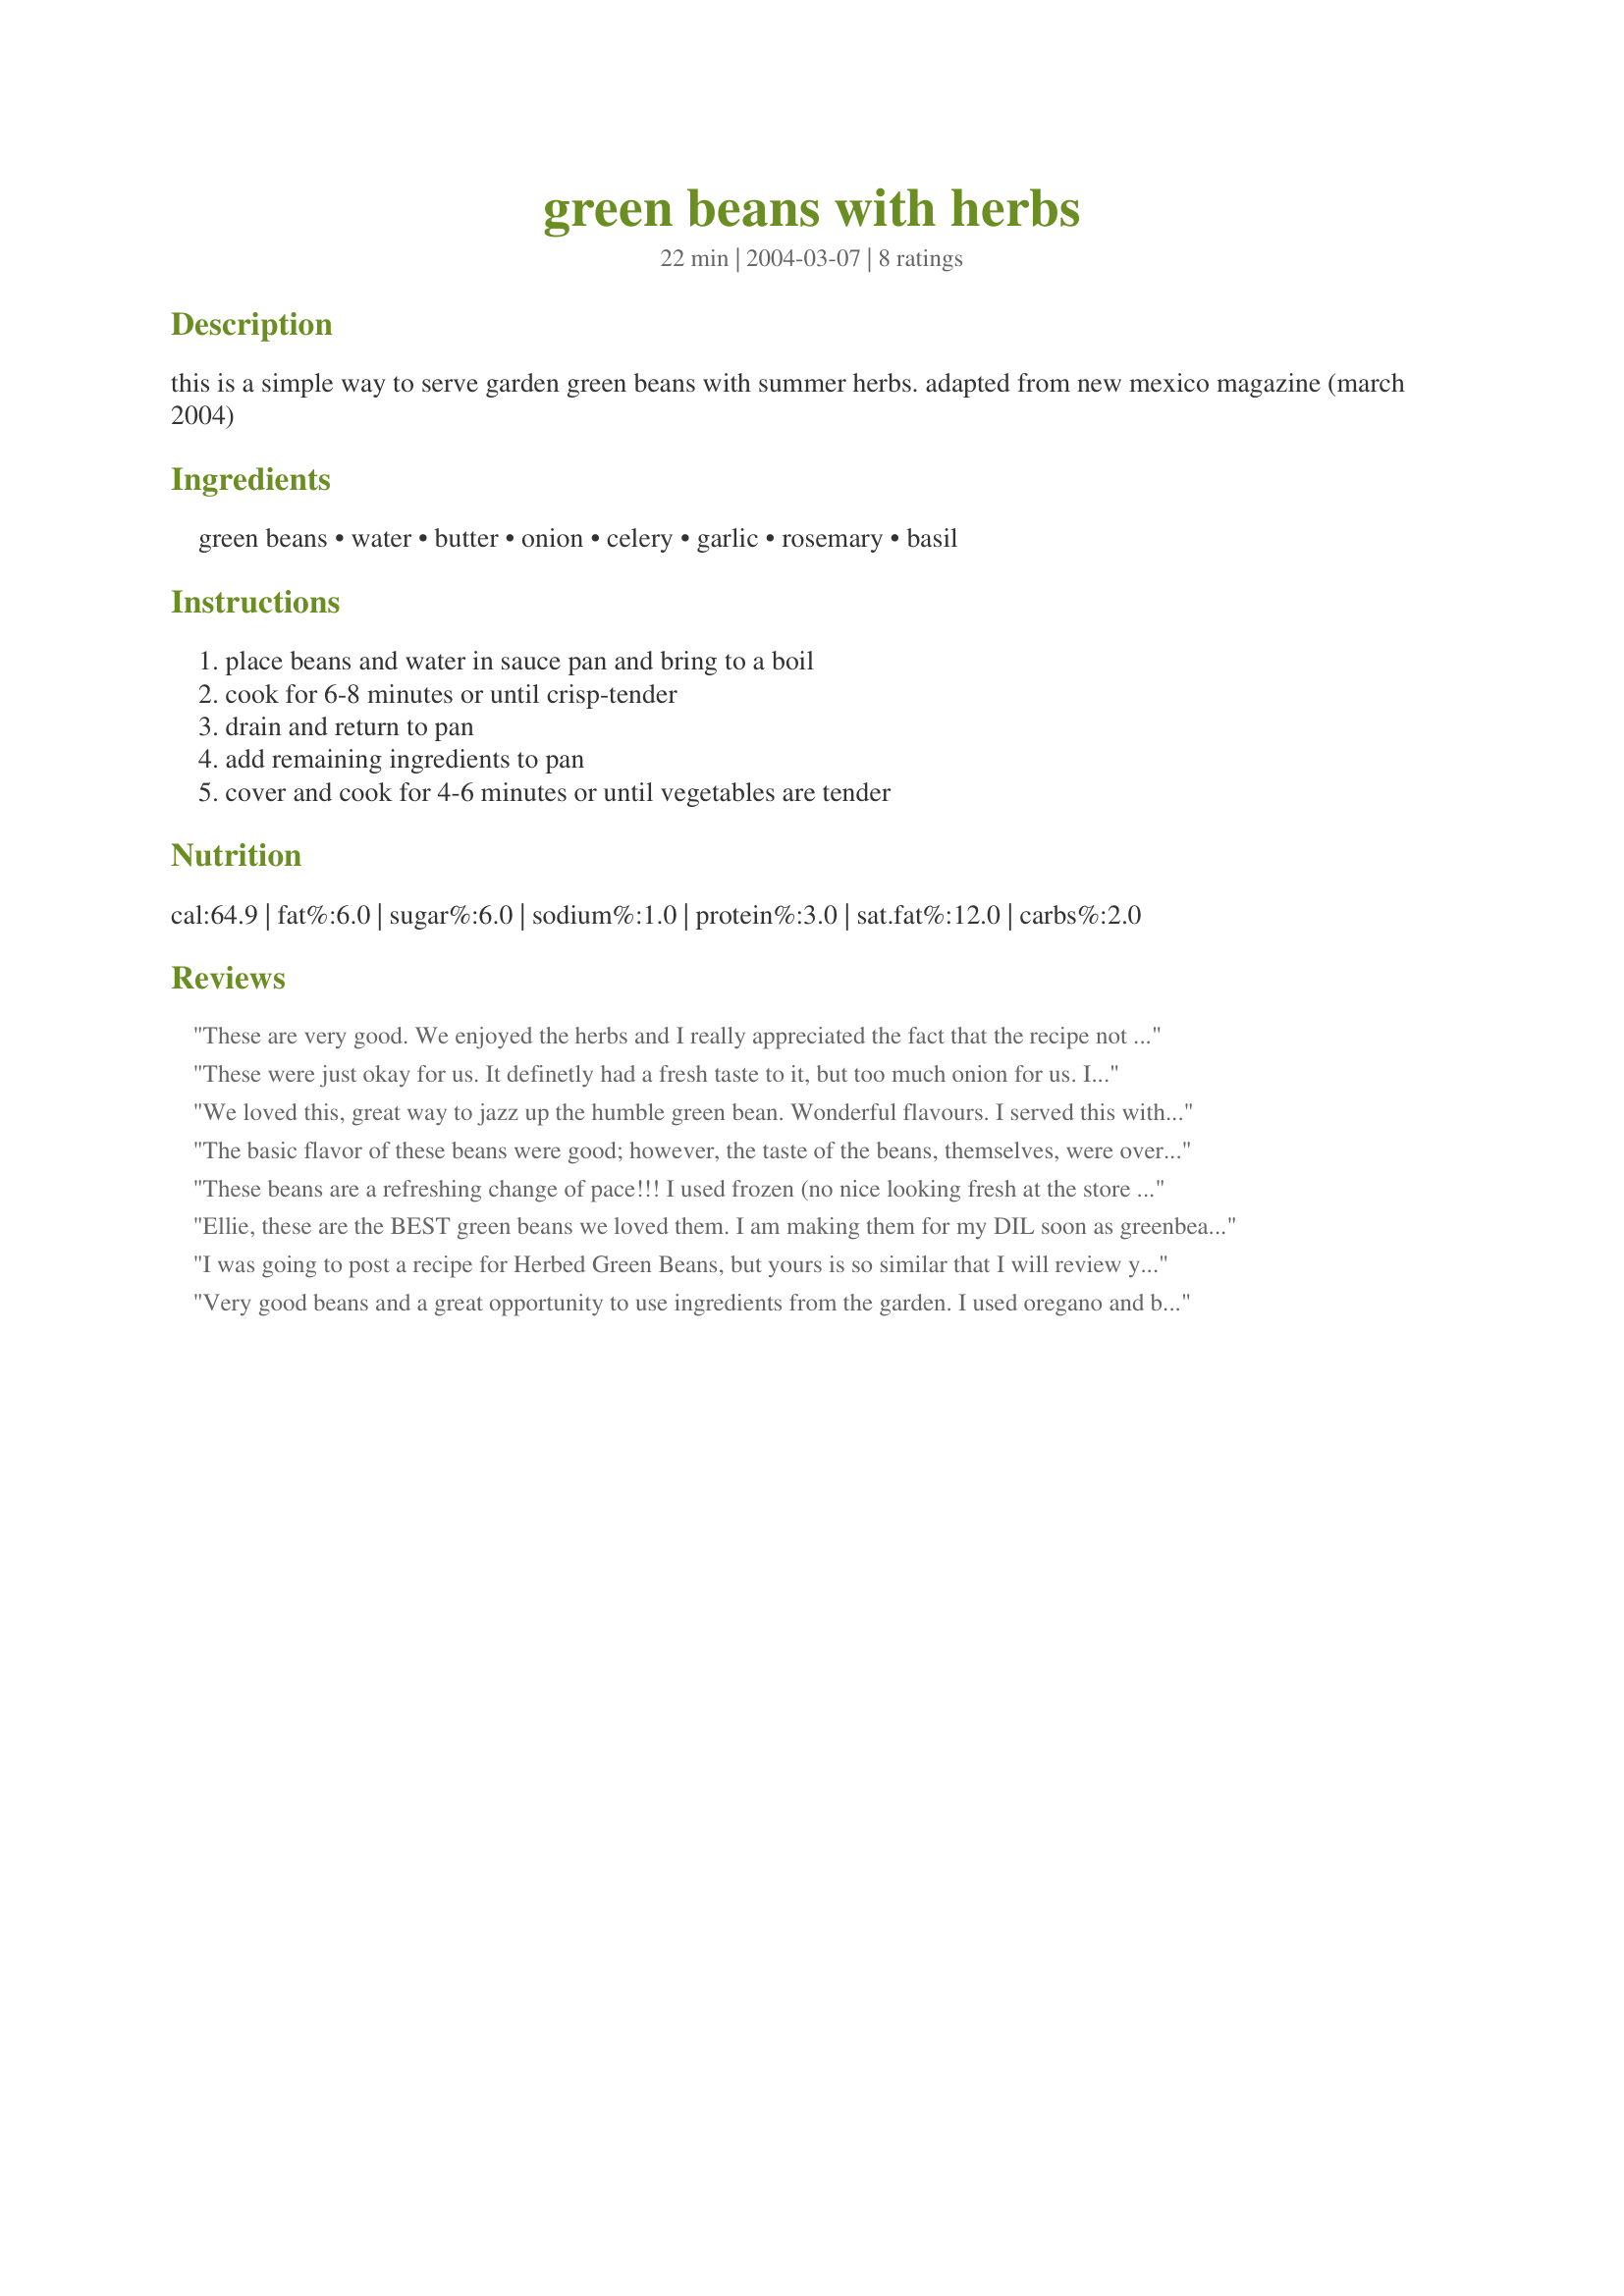
green beans with herbs
Preparation time: 22 minutes

this is a simple way to serve garden green beans with summer herbs. adapted from new mexico magazine (march 2004)

Ingredients:
green beans, water, butter, onion, celery, garlic, rosemary, basil

Steps:
place beans and water in sauce pan and bring to a boil, cook for 6-8 minutes or until crisp-tender, drain and return to pan, add remaining ingredients to pan, cover and cook for 4-6 minutes or until vegetables are tender

Reviews:
These are very good. We enjoyed the herbs and I really appreciated the fact that the recipe not only listed fresh but the exchange for dried. When preparing, I discovered that I had no celery so I sprinkled some celery seasoning over the beans when adding the others herbs. Used olive oil in place of the butter. Served it with your Spicy Glazed Chicken #119553 and Bringing Home Baby Carrots #107518 by cookin4myboys.
These were just okay for us. It definetly had a fresh taste to it, but too much onion for us. I might or might not make this again.
We loved this, great way to jazz up the humble green bean. Wonderful flavours. I served this with prime rib. Thanks for sharing.
The basic flavor of these beans were good; however, the taste of the beans, themselves, were overshadowed by the herbs. I would suggest cutting the amount herbs by half.
These beans are a refreshing change of pace!!! I used frozen (no nice looking fresh at the store when I went)beans and cooked them until JUST tender. I then drained them and sauteed the celery, onions and herbs until the onion was transparent. I them added the beans again and heated until warm! This will be served often here, the flavor is fresh and unique..we truly enjoyed them.
Ellie, these are the BEST green beans we loved them. I am making them for my DIL soon as greenbeans are her favorite veggie. So eay to make and SOOooo delicious. Thank you ellie.
I was going to post a recipe for Herbed Green Beans, but yours is so similar that I will review yours instead... I use one pound of thawed frozen green beans, then melt 3 T butter and proceed with step 4. I usually use 1/4 c. of onion, which reduces carbs, and the dried herbs. My version came from 500 Low Carb Recipes by Dana Carpender.
Very good beans and a great opportunity to use ingredients from the garden. I used oregano and basil with olive oil and reversed the cooking order. I sauteed the onion and celery in a skillet, then added the water and beans and cooked them, covered, until the beans were tender. I'm sure it was a different flavor and texture than the way the recipe is written and I'm looking forward to trying it as written next time.
